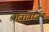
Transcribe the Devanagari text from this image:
श्रीनागार्जुन